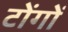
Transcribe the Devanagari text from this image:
टोंगों